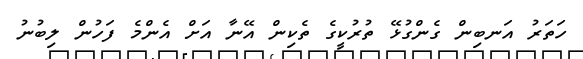
ހަތަރު އަނބިން ގެންގުޅޭ ތުރުކީގެ ތެކިން އޭނާ އަށް އެންމެ ފަހުން ލިބުނު